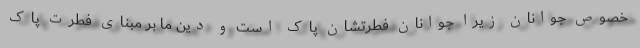
خصوص جوانان زیرا جوانان فطرتشان پاک است و دین ما بر مبنای فطرت پاک